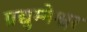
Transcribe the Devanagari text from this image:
प्रद्युम्नेश्वर